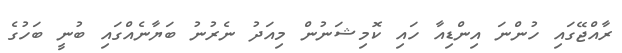
ރާއްޖޭގައި ހުންނަ އިންޑިއާ ހައި ކޮމިޝަނުން މިއަދު ނެރުނު ބަޔާނެއްގައި ބުނީ ބަހުގެ